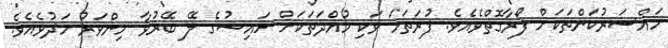
މައްސަރުކަންތަކަށް ފޯރާގޮތްވެއެވެ. ފުރަތަމަ ވަކި މުއްދަތަކަށް ހައިޟުގެ ލޭ ބޭރުވާ މިންވަރު މަދުވެއެވެ.